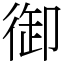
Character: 御